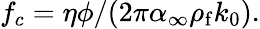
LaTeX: f_{c}=\eta\phi/(2\pi\alpha_{\infty}\rho_{\mathrm{f}}k_{0}).